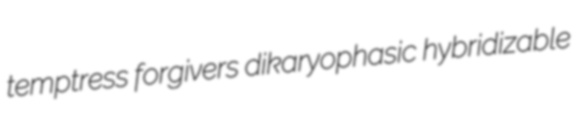
temptress forgivers dikaryophasic hybridizable